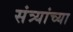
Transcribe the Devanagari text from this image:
संत्र्यांच्या